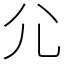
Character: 尣